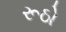
રૂઠો